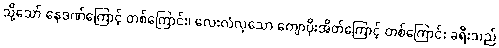
သို့သော် နေဒဏ်ကြောင့် တစ်ကြောင်း၊ လေးလံလှသော ကျောပိုးအိတ်ကြောင့် တစ်ကြောင်း ခရီးသည်